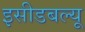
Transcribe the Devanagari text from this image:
इसीडबल्यू